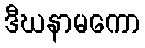
ဒီဃနာမကော